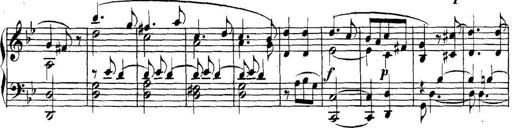
Title: Collected Piano Sonatas
Composer: Muzio Clementi